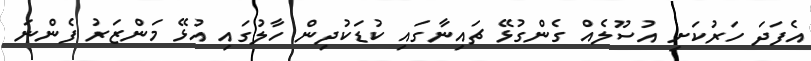
އެފަދަ ހަރުކަށި އުސޫލެއް ގެންގުޅޭ ޗައިނާގައި ކުޑަަކުދިން ހާލުގައި އުޅޭ މަންޒަރު ފެންނަ